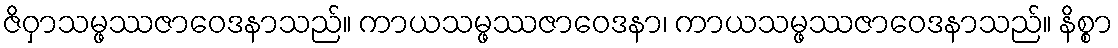
ဇိဝှာသမ္ဖဿဇာဝေဒနာသည်။ ကာယသမ္ဖဿဇာဝေဒနာ၊ ကာယသမ္ဖဿဇာဝေဒနာသည်။ နိစ္စာ